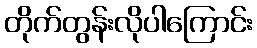
တိုက်တွန်းလိုပါကြောင်း